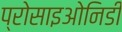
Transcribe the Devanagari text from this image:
प्रोसाइओनिडी